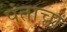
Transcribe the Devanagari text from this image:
पंताचा